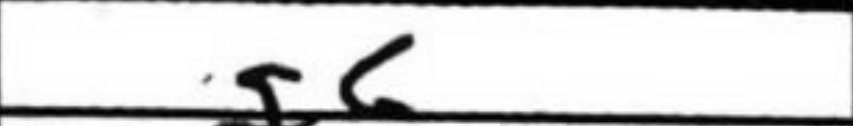
Transcription: g6